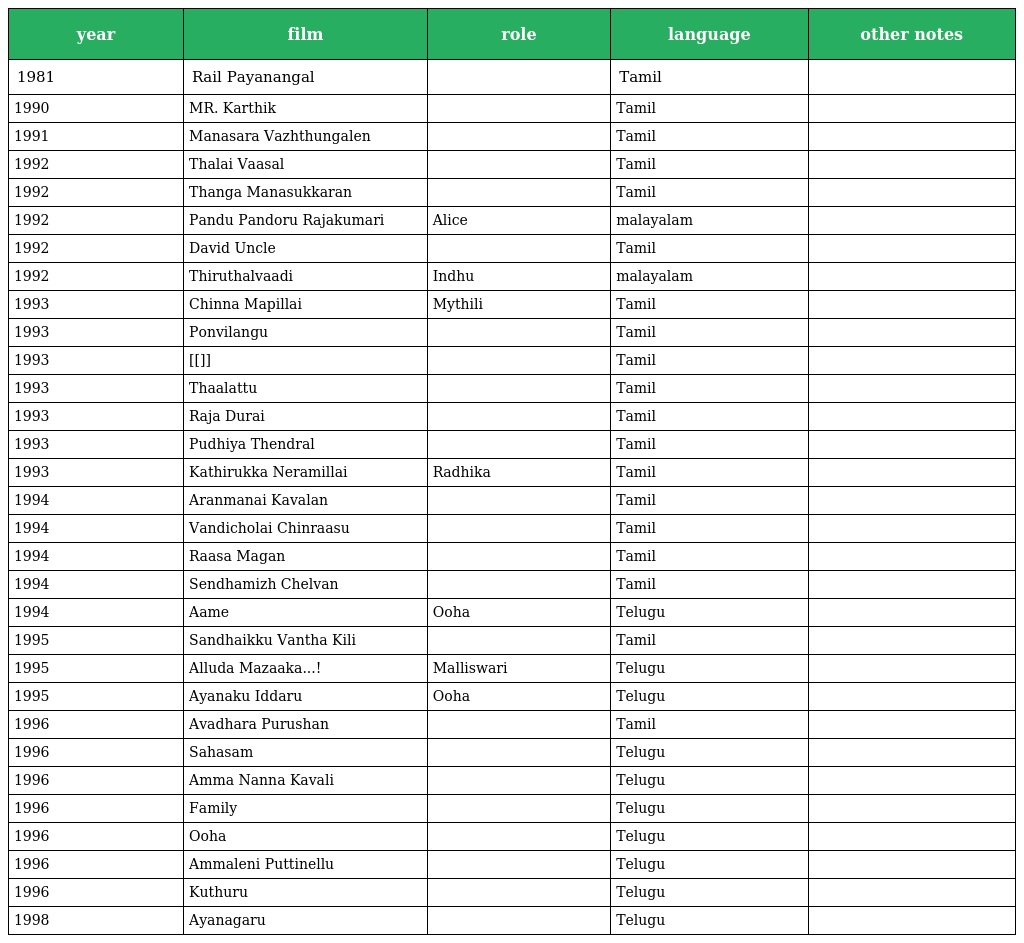
| year | film | role | language | other notes |
 | --- | --- | --- | --- | --- |
 | 1981 | Rail Payanangal |  | Tamil |  |
 | 1990 | MR. Karthik |  | Tamil |  |
 | 1991 | Manasara Vazhthungalen |  | Tamil |  |
 | 1992 | Thalai Vaasal |  | Tamil |  |
 | 1992 | Thanga Manasukkaran |  | Tamil |  |
 | 1992 | Pandu Pandoru Rajakumari | Alice | malayalam |  |
 | 1992 | David Uncle |  | Tamil |  |
 | 1992 | Thiruthalvaadi | Indhu | malayalam |  |
 | 1993 | Chinna Mapillai | Mythili | Tamil |  |
 | 1993 | Ponvilangu |  | Tamil |  |
 | 1993 | [[]] |  | Tamil |  |
 | 1993 | Thaalattu |  | Tamil |  |
 | 1993 | Raja Durai |  | Tamil |  |
 | 1993 | Pudhiya Thendral |  | Tamil |  |
 | 1993 | Kathirukka Neramillai | Radhika | Tamil |  |
 | 1994 | Aranmanai Kavalan |  | Tamil |  |
 | 1994 | Vandicholai Chinraasu |  | Tamil |  |
 | 1994 | Raasa Magan |  | Tamil |  |
 | 1994 | Sendhamizh Chelvan |  | Tamil |  |
 | 1994 | Aame | Ooha | Telugu |  |
 | 1995 | Sandhaikku Vantha Kili |  | Tamil |  |
 | 1995 | Alluda Mazaaka...! | Malliswari | Telugu |  |
 | 1995 | Ayanaku Iddaru | Ooha | Telugu |  |
 | 1996 | Avadhara Purushan |  | Tamil |  |
 | 1996 | Sahasam |  | Telugu |  |
 | 1996 | Amma Nanna Kavali |  | Telugu |  |
 | 1996 | Family |  | Telugu |  |
 | 1996 | Ooha |  | Telugu |  |
 | 1996 | Ammaleni Puttinellu |  | Telugu |  |
 | 1996 | Kuthuru |  | Telugu |  |
 | 1998 | Ayanagaru |  | Telugu |  |